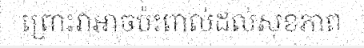
ព្រោះវាអាចប៉ះពាល់ដល់សុខភាព